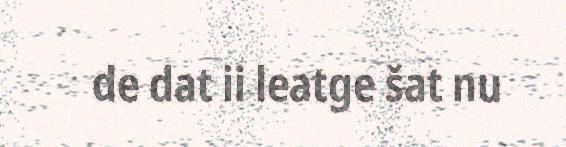
de dat ii leatge šat nu